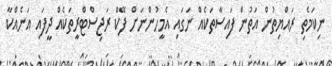
ނިކަމެތި ރައްޔިތުން އަތުން ފައިސާތަކެއް ނަގައި އެމީހުންނަށް ފޭކް ރަޖިސްޓްރީތަކެއް ދީފައި އަނެއްކާ